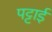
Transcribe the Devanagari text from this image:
पट्टाई